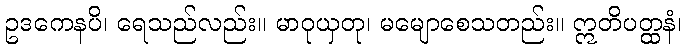
ဥဒကေနပိ၊ ရေသည်လည်း။ မာဝုယှတု၊ မမျောစေသတည်း။ ဣတိပတ္ထနံ၊